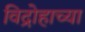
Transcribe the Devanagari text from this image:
विद्रोहाच्या